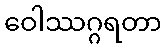
ဝေါဿဂ္ဂရတာ